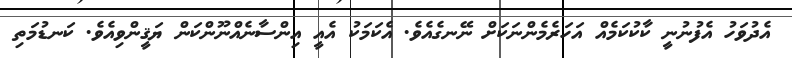
އެދުވަހު އެފުނުނީ ކާކުކަމެއް އަހަރެމެންނަކަށް ނޭނގެއެވެ. އެކަމަކު އެއީ އިންސާނެއްނޫންކަން ޔަޤީންވިއެވެ. ކަނޑުމަތި